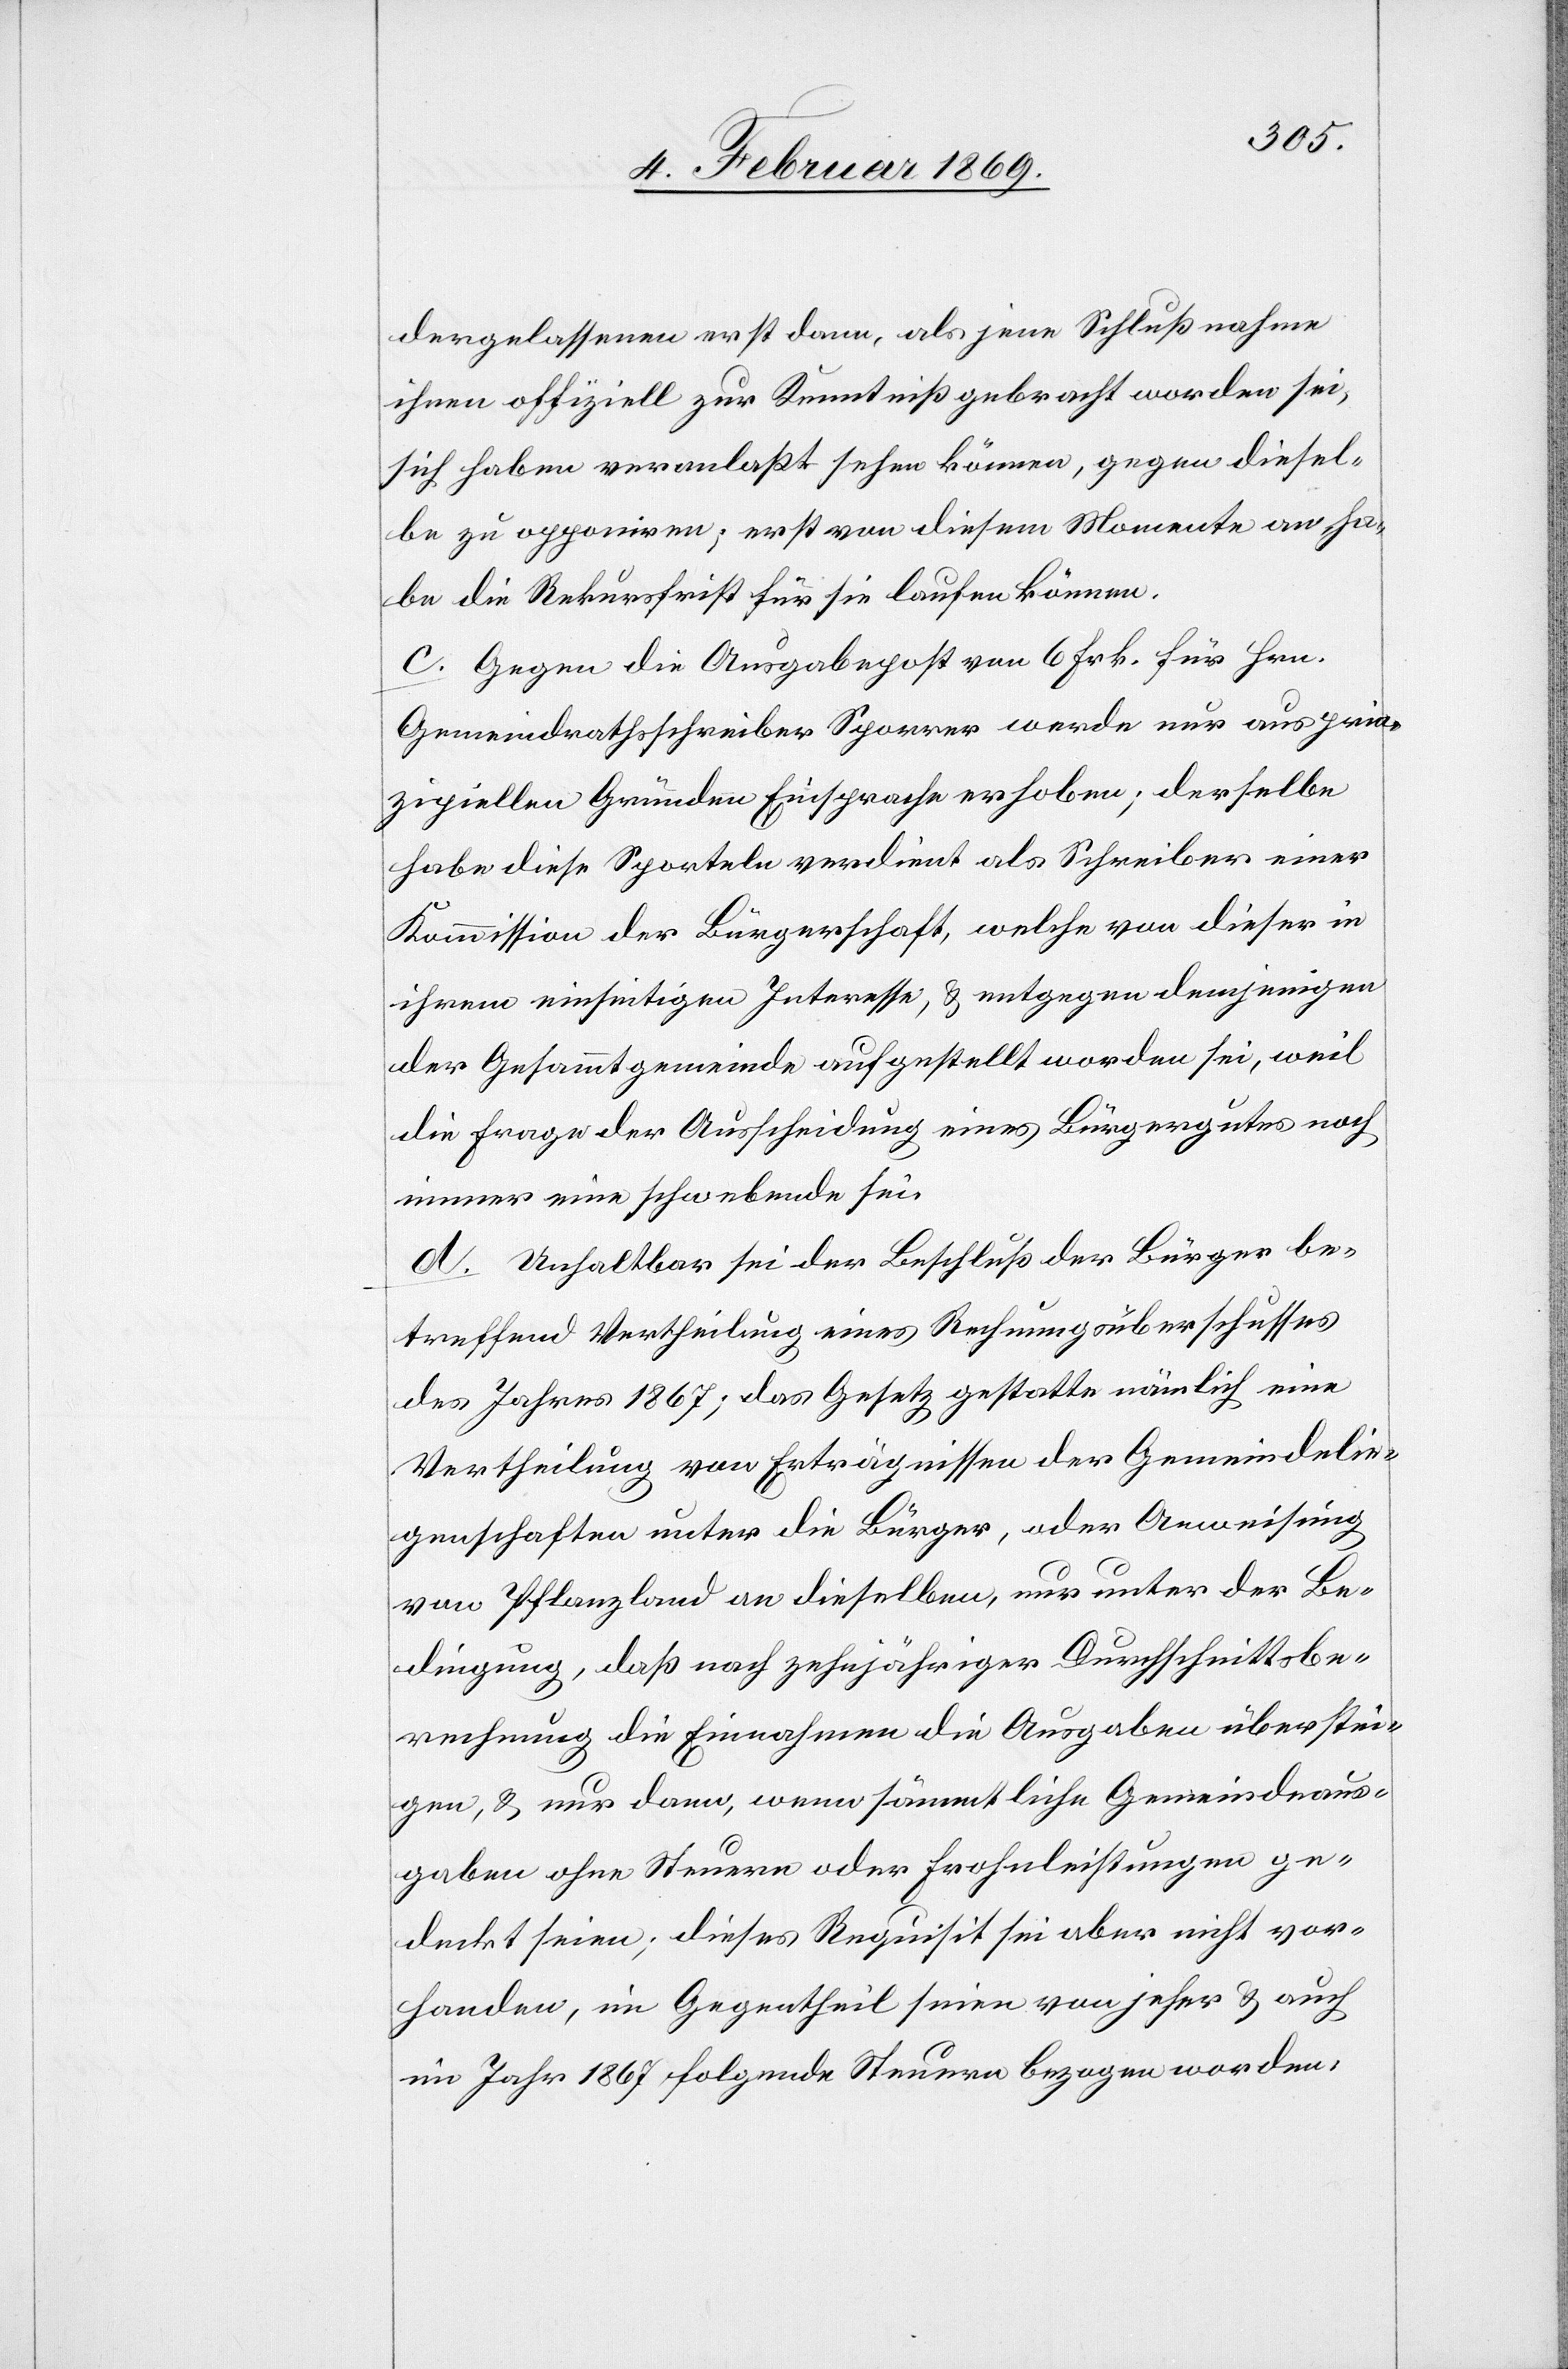
dergelassenen erst dann, als jene Schlußnahme
ihnen offiziell zur Kenntniß gebracht worden sei,
sich haben veranlaßt sehen können, gegen diesel¬
be zu opponiren; erst von diesem Momente an ha¬
be die Rekursfrist für sie laufen können.
c. Gegen die Ausgabepost von 6 Frk. für Hrn.
Gemeindrathsschreiber Sporrer werde nur aus prin¬
zipiellen Gründen Einsprache erhoben; derselbe
habe diese Sporteln verdient als Schreiber einer
Kommission der Bürgerschaft, welche von dieser in
ihrem einseitigen Interesse, u. entgegen demjenigen
der Gesammtgemeinde aufgestellt worden sei, weil
die Frage der Ausscheidung eines Bürgergutes noch
immer eine schwebende sei.
d. Unhaltbar sei der Beschluß der Bürger be¬
treffend Vertheilung eines Rechnungsüberschusses
des Jahres 1867; das Gesetz gestatte nämlich eine
Vertheilung von Erträgnissen der Gemeindelie¬
genschaften unter die Bürger, oder Anweisung
von Pflanzland an dieselben, nur unter der Be¬
dingung, daß nach zehnjähriger Durchschnittsbe¬
rechnung die Einnahmen die Ausgaben überstei¬
gen, u. nur dann, wenn sämmtliche Gemeindsaus¬
gaben ohne Steuern oder Frohnleistungen ge¬
deckt seien; dieses Requisit sei aber nicht vor¬
handen, im Gegentheil seien von jeher u. auch
im Jahr 1867 folgende Steuern bezogen worden,